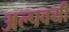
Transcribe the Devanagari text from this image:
अल्पवयी